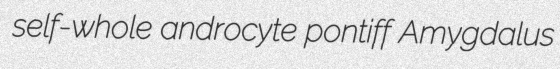
self-whole androcyte pontiff Amygdalus